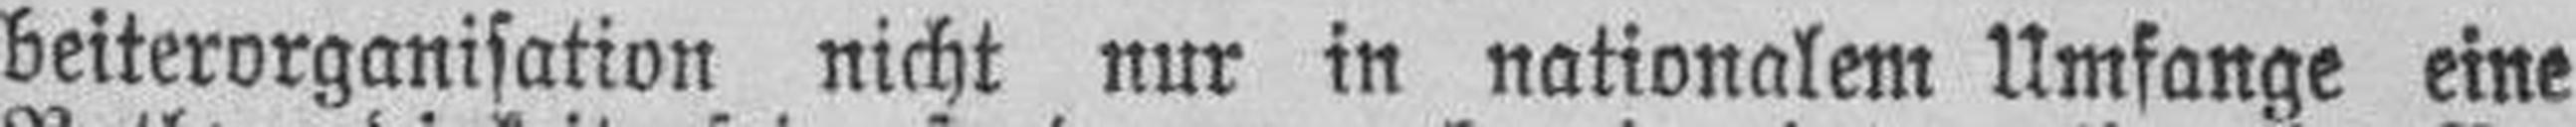
beiterorganisation nicht nur in nationalem Umfange eine